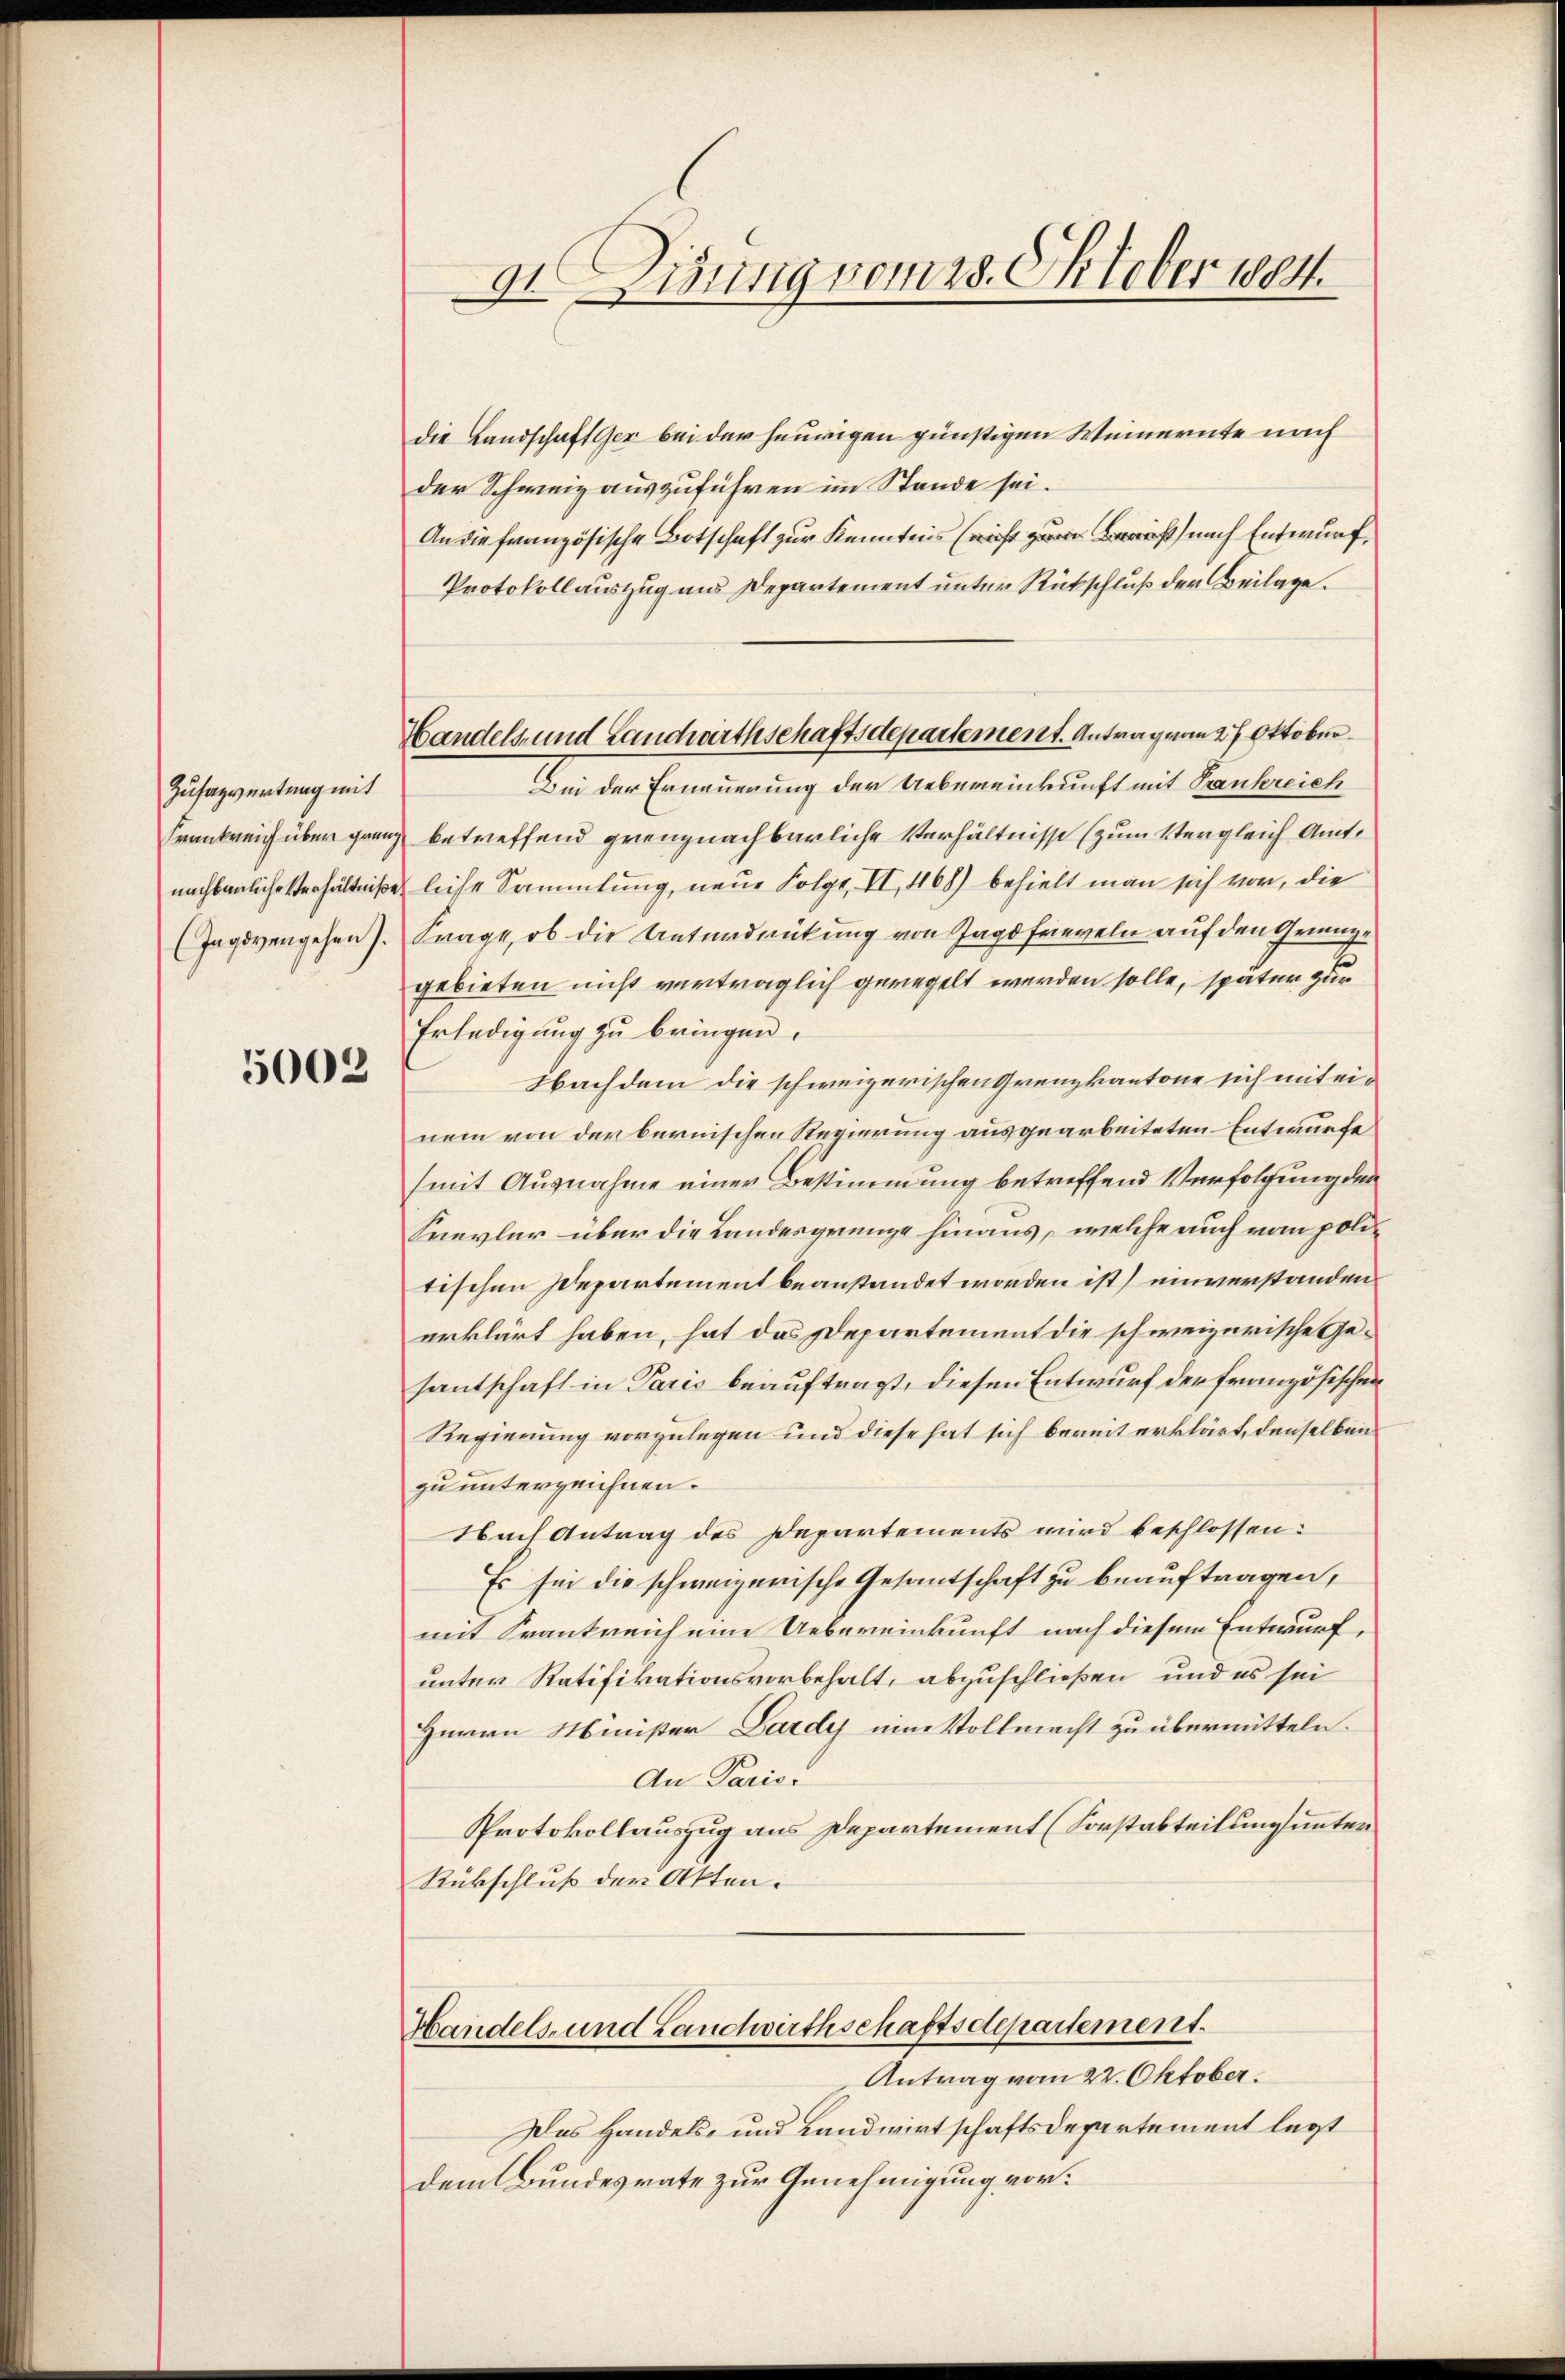
Zusagvertrag mit
Frankreich über grenz
nachbauliche Verhältniße,
(Jagivergehen).

5002

dt Lisung vom 28. Oktober 1884.

Handels- und Landwirthschaftsdepartement. Antrag vom 27 Oktober¬

die Landschaftsser bei der heurigen günstigen Weinernte nach
der Schweiz auszuführen im Stande sei.
An die französische Botschaft zur Kenntnis ist nach Entwurf,
Protokollauszug aus Departement unter Rückschluß der Beilage.
Bei der Erneuerung der Uebereinkunft mit Trankreich
betreffend grenznachbarliche Verhältnisse (zum Vergleich Amtliche Sammlung, neue Folge, II, 468) behielt man sich vor, die
Frage, ob die Unterdrütung von Jagdfreveln auf den Geng
gebieten nicht verträglich geregelt werden solle, später zur
Erledigung zu bringen.
Nachdem die schweizerischen Grenzkantone sich mit einem von der bernischen Regierung ausgearbeiteten Entwürfe
(mit Ausnahme einer Bestimmung betreffend Verfolgung der
Srevler über die Landesgrenze hinaus, welche auch von politischen Departement beanstandet worden ist) einverstanden
erklärt haben, hat das Departement die schweizerische Gesantschaft in Paris beauftragt, diesen Entwurf der französischen
Regierung vorzulegen und diese hat sich bereit erklärt, denselben
zu unterzeichnen.
Nach Antrag des Departements wird beschlossen:
Es sei die schweizerische Gesantschaft zu beauftragen,
mit Krankreich eine Uebereinkunft nach diesem Entwurf,
unter Ratifikationsvorbehalt, abzuschließen, und es sei
Herrn Minister Lardy ein Vollmacht zu übermitteln.
An Parisi
Protokollauszug aus Departement (Sorstabteilungsunten
Rückschluß der Akten.

Handels- und Lauchwirthschaftsdepartement.

Antrag vom 22. Oktober.
Das Handels- und Landwirtschaftsdepartement legt
dem Bundesrate zur Genehmigung vor: